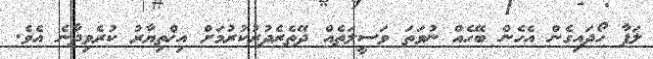
ލަފާ ހޯދައިގެން އެހެން ބޭހެއް ނުވަތަ ވަސީލަތެއް ދޭތެރެދުރުކުރުމަށް އިޚްތިޔާރު ކުރެވިދާނެ އެވެ.